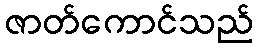
ဇာတ်ကောင်သည်